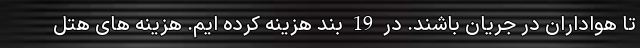
تا هواداران در جریان باشند. در 19 بند هزینه کرده ایم. هزینه های هتل